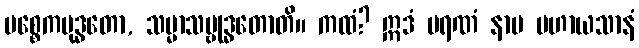
ပစ္စေကဗုဒ္ဓတော, သမ္မာသမ္ဗုဒ္ဓတောတိ။ ကထံ? ဣဒံ မရဏံ နာမ မဟာယသာနံ